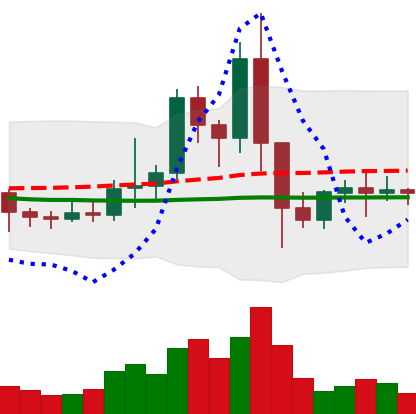
Ticker: EOS-USD
Chart end date: 2021-01-17
Forward return: -4.857%
Label: down_3_5